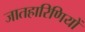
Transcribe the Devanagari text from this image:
जातहारिणियों